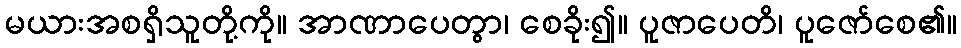
မယားအစရှိသူတို့ကို။ အာဏာပေတွာ၊ စေခိုး၍။ ပူဇာပေတိ၊ ပူဇော်စေ၏။